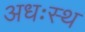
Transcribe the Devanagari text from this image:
अधःस्थ